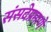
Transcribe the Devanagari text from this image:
संसदेप्रमाणे